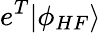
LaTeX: e^{T}|\phi_{HF}\rangle